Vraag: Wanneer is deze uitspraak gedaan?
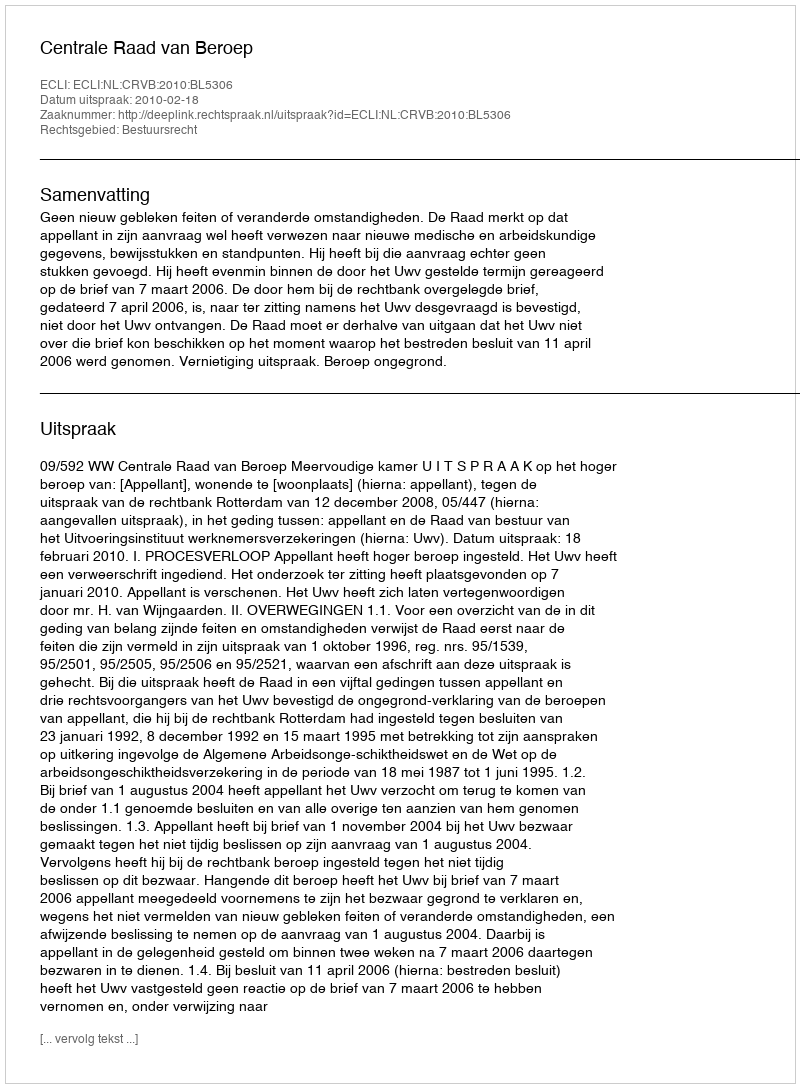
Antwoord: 2010-02-18